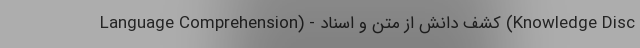
Language Comprehension) - کشف دانش از متن و اسناد (Knowledge Disc